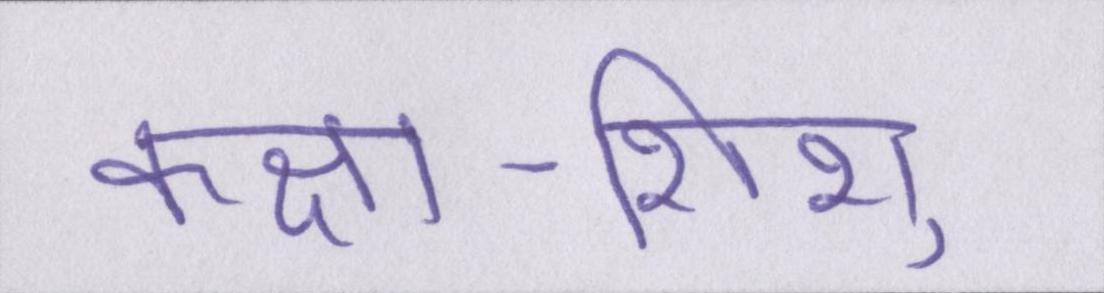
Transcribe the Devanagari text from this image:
कक्षा-शिशु